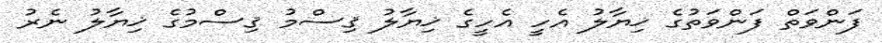
ފަންވަތް ފަންވަތުގެ ޚިޔާލު އެހީ އެހީގެ ޚިޔާލު ޤިސްމު ޤިސްމުގެ ޚިޔާލު ނެރު